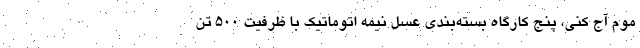
موم آج کنی، پنج کارگاه بسته‌بندی عسل نیمه اتوماتیک با ظرفیت ۵۰۰ تن